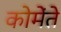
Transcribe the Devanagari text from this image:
कोमेंते